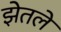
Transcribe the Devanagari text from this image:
झेतलें